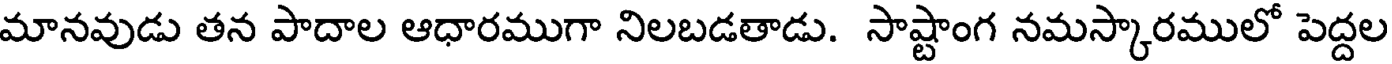
మానవుడు తన పాదాల ఆధారముగా నిలబడతాడు. సాష్టాంగ నమస్కారములో పెద్దల